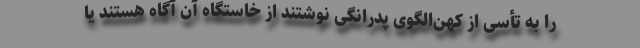
را به تأسی از کهن‌الگوی پدرانگی نوشتند از خاستگاه آن آگاه هستند یا